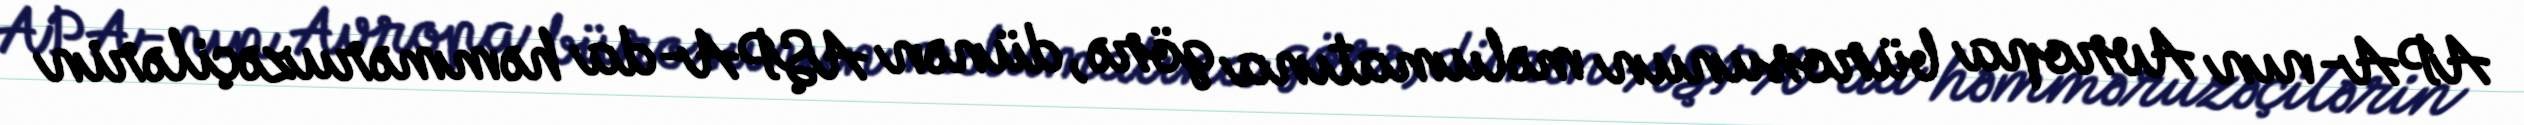
APA-nın Avropa bürosunun məlumatına görə, dünən AŞPA-da həmməruzəçilərin